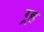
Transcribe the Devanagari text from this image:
ग्र्ह